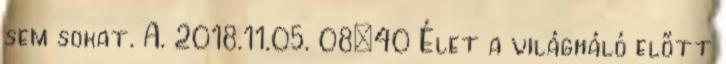
sem sokat. A. 2018.11.05. 08:40 Élet a világháló előtt